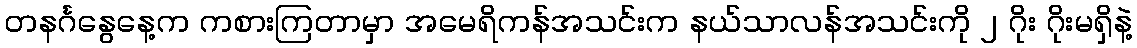
တနင်္ဂနွေနေ့က ကစားကြတာမှာ အမေရိကန်အသင်းက နယ်သာလန်အသင်းကို ၂ ဂိုး ဂိုးမရှိနဲ့